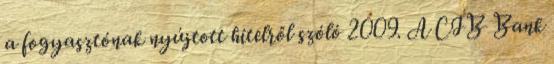
a fogyasztónak nyújtott hitelről szóló 2009. A CIB Bank